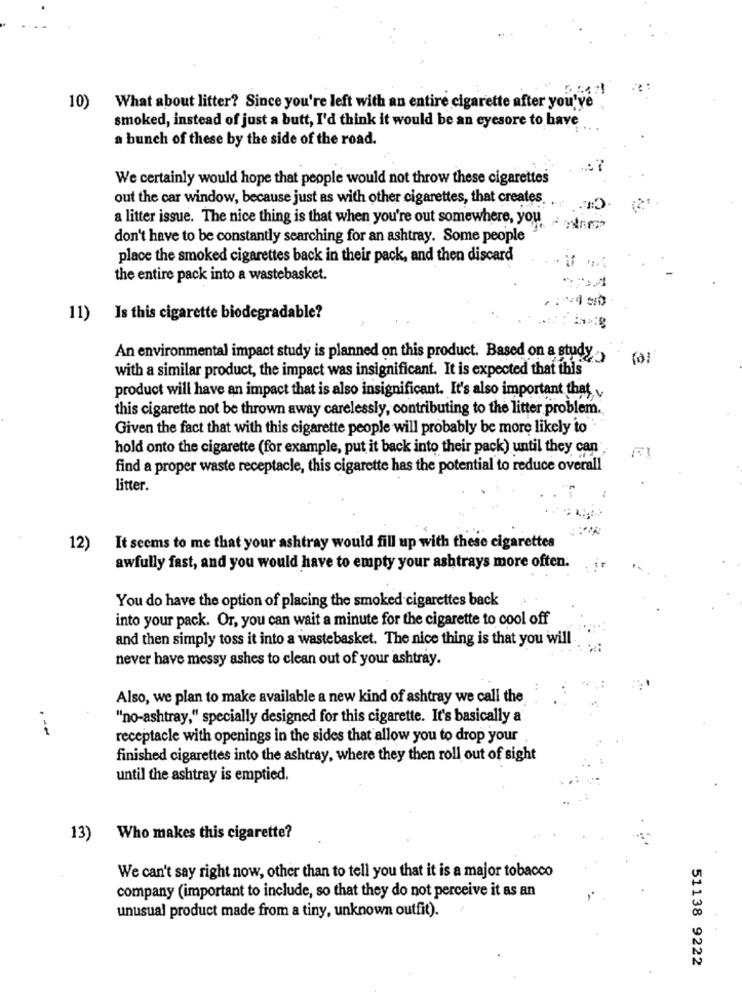
10)
What about litter? Since you're left with an entire cigarette after you've
smoked, instead of just a butt, I'd think it would be an eyesore to have
a bunch of these by the side of the road.
We certainly would hope that people would not throw these cigarettes
out the car window, because just as with other cigarettes, that creates.
a litter issue. The nice thing is that when you're out somewhere, you
don't have to be constantly searching for an ashtray. Some people
place the smoked cigarettes back in their pack, and then discard
the entire pack into a wastebasket.
11)
Is this cigarette biodegradable?
An environmental impact study is planned on this product. Based on a study
with a similar product, the impact was insignificant. It is expected that this
product will have an impact that is also insignificant. It's also important that
this cigarette not be thrown away carelessly, contributing to the litter problem.
Given the fact that with this cigarette people will probably be more likely to"
hold onto the cigarette (for example, put it back into their pack) until they can
find a proper waste receptacle, this cigarette has the potential to reduce overall
litter.
12)
It seems to me that your ashtray would fill up with these cigarettes
awfully fast, and you would have to empty your ashtrays more often.
You do have the option of placing the smoked cigarettes back
into your pack. Or, you can wait a minute for the cigarette to cool off
and then simply toss it into a wastebasket. The nice thing is that you will
never have messy ashes to clean out of your ashtray.
Also, we plan to make available a new kind of ashtray we call the
"no-ashtray," specially designed for this cigarette. It's basically a
receptacle with openings in the sides that allow you to drop your
finished cigarettes into the ashtray, where they then roll out of sight
until the ashtray is emptied.
13) Who makes this cigarette?
We can't say right now, other than to tell you that it is a major tobacco
company (important to include, so that they do not perceive it as an
unusual product made from a tiny, unknown outfit).
51138 9222